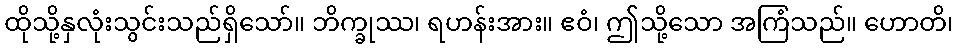
ထိုသို့နှလုံးသွင်းသည်ရှိသော်။ ဘိက္ခုဿ၊ ရဟန်းအား။ ဧဝံ၊ ဤသို့သော အကြံသည်။ ဟောတိ၊